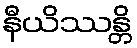
နီယိဿန္တိ